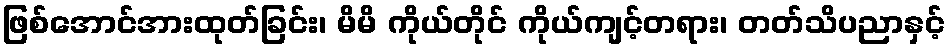
ဖြစ်အောင်အားထုတ်ခြင်း၊ မိမိ ကိုယ်တိုင် ကိုယ်ကျင့်တရား၊ တတ်သိပညာနှင့်